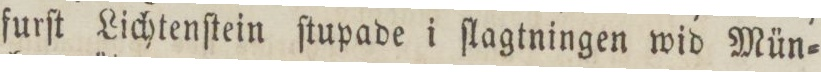
furſt Lichtenſtein ſtupade i ſlagtningen wid Mün=